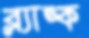
ব্ল্যাঙ্ক